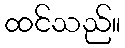
ထင်သည်။